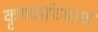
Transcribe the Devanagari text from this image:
कृष्णांच्याच